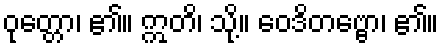
ဝုတ္တော၊ ၏။ ဣတိ၊ သို့။ ဝေဒိတဗ္ဗော၊ ၏။